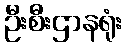
ဦးစီးဌာနရုံး